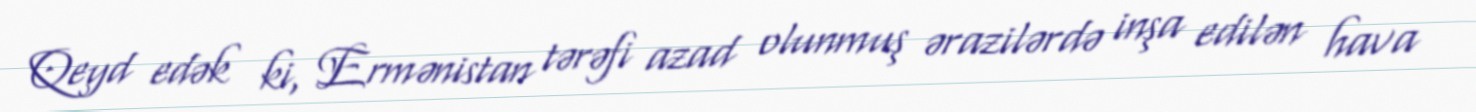
Qeyd edək ki, Ermənistan tərəfi azad olunmuş ərazilərdə inşa edilən hava